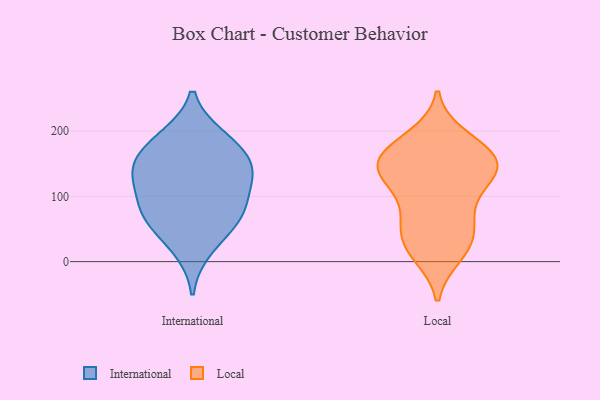
{"axis": {"x": "Customer Acquisition Cost (USD)", "y": "Value"}, "legend": ["International", "Local"], "data": [{"x": "", "y": 85, "type": "International"}, {"x": "", "y": 121, "type": "International"}, {"x": "", "y": 55, "type": "International"}, {"x": "", "y": 108, "type": "International"}, {"x": "", "y": 159, "type": "International"}, {"x": "", "y": 135, "type": "International"}, {"x": "", "y": 146, "type": "International"}, {"x": "", "y": 192, "type": "International"}, {"x": "", "y": 68, "type": "International"}, {"x": "", "y": 69, "type": "International"}, {"x": "", "y": 190, "type": "International"}, {"x": "", "y": 154, "type": "International"}, {"x": "", "y": 18, "type": "International"}, {"x": "", "y": 122, "type": "Local"}, {"x": "", "y": 190, "type": "Local"}, {"x": "", "y": 157, "type": "Local"}, {"x": "", "y": 160, "type": "Local"}, {"x": "", "y": 144, "type": "Local"}, {"x": "", "y": 26, "type": "Local"}, {"x": "", "y": 128, "type": "Local"}, {"x": "", "y": 127, "type": "Local"}, {"x": "", "y": 43, "type": "Local"}, {"x": "", "y": 80, "type": "Local"}, {"x": "", "y": 16, "type": "Local"}, {"x": "", "y": 138, "type": "Local"}, {"x": "", "y": 54, "type": "Local"}, {"x": "", "y": 11, "type": "Local"}, {"x": "", "y": 166, "type": "Local"}, {"x": "", "y": 153, "type": "Local"}, {"x": "", "y": 181, "type": "Local"}, {"x": "", "y": 70, "type": "Local"}]}